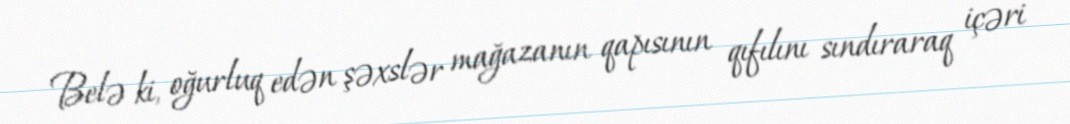
Belə ki, oğurluq edən şəxslər mağazanın qapısının qıfılını sındıraraq içəri